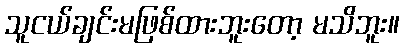
သူငယ်ချင်းမဖြစ်ထားဘူးတော့ မသိဘူး။